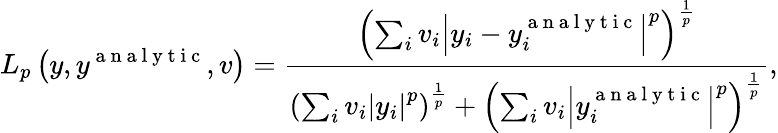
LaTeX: L_{p}\left(y,y^{\mathrm{~a~n~a~l~y~t~i~c~}},v\right)=\frac{\left(\sum_{i}v_{i}\left|y_{i}-y_{i}^{\mathrm{~a~n~a~l~y~t~i~c~}}\right|^{p}\right)^{\frac{1}{p}}}{\left(\sum_{i}v_{i}\left|y_{i}\right|^{p}\right)^{\frac{1}{p}}+\left(\sum_{i}v_{i}\left|y_{i}^{\mathrm{~a~n~a~l~y~t~i~c~}}\right|^{p}\right)^{\frac{1}{p}}},